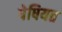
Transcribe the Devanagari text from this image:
पेषियत